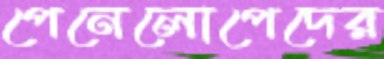
পেনেলোপেদের